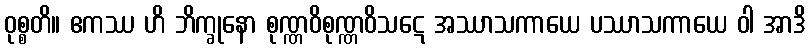
ဝုစ္စတိ။ ဧကဿ ဟိ ဘိက္ခုနော စုဏ္ဏဝိစုဏ္ဏဝိသဋေ အဿာသကာယေ ပဿာသကာယေ ဝါ အာဒိ